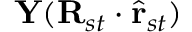
\mathbf { Y } ( \mathbf { R } _ { s t } \cdot \hat { \mathbf { r } } _ { s t } )